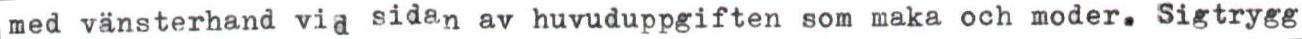
med vänsterhand vid sidan av huvuduppgiften som maka och moder. Sigtrygg